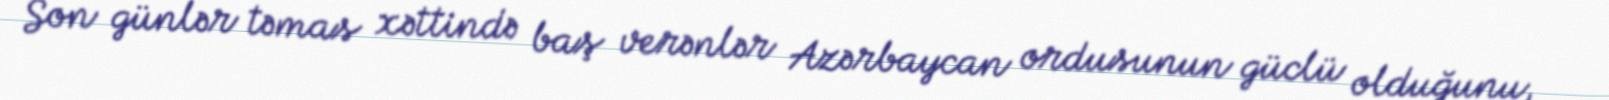
Son günlər təmas xəttində baş verənlər Azərbaycan ordusunun güclü olduğunu,